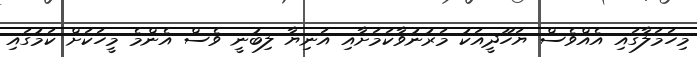
މިހަމަލާގައި އެއްވެސް ޔަހޫދީއަކު މަރުނުވާކަމަށާއި އަނިޔާ ލިބުނީ ވެސް އެންމެ މީހަކަށް ކަމުގައި